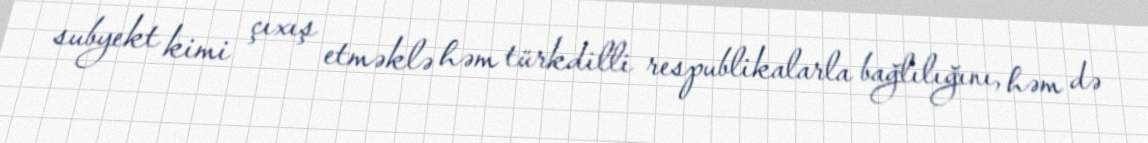
subyekt kimi çıxış etməklə həm türkdilli respublikalarla bağlılığını, həm də